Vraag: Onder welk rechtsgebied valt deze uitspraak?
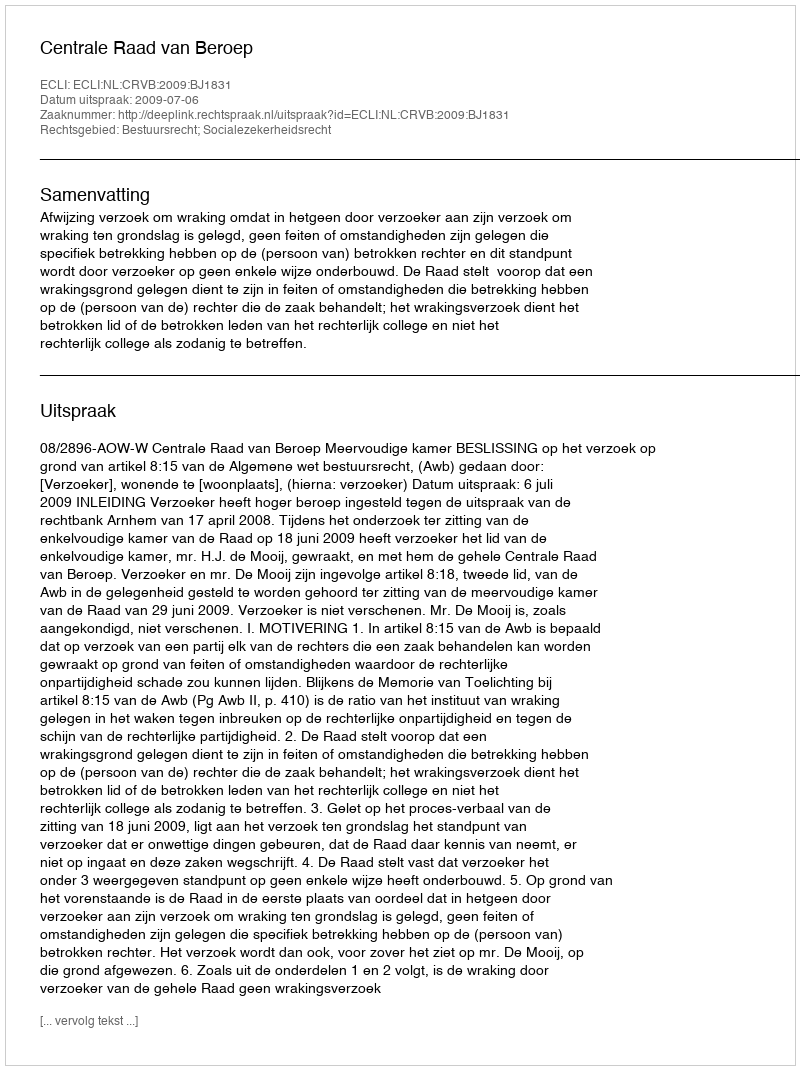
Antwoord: Bestuursrecht; Socialezekerheidsrecht